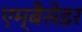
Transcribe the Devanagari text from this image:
एम्बैसेडर